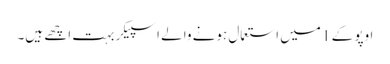
اوپو کے 1 میں استعمال ہونے والے اسپیکر بہت اچھے ہیں۔